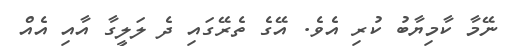
ނޭމާ ކާމިޔާބު ކުރި އެވެ. އޭގެ ތެރޭގައި ދެ ލަލީގާ އާއި އެއް